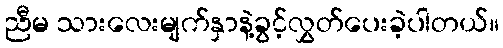
ညီမ သားလေးမျက်နှာနဲ့ခွင့်လွှတ်ပေးခဲ့ပါတယ်။